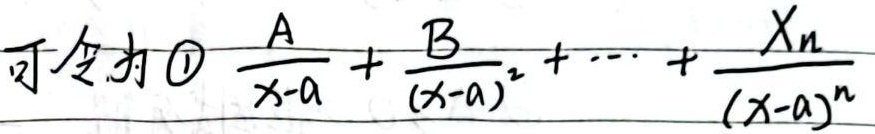
可令为\textcircled{1} \(\frac{A}{x - a}+\frac{B}{(x - a)^2}+\cdots+\frac{X_n}{(x - a)^n}\)